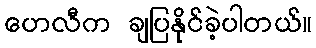
ဟေလီက ချပြနိုင်ခဲ့ပါတယ်။